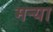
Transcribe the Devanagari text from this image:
मर्‍या